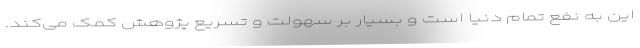
این به نفع تمام دنیا است و بسیار بر سهولت و تسریع پژوهش کمک می‌کند.